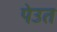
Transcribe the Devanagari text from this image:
पेउत